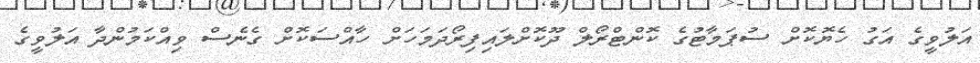
އަލުވީގެ އަގު ހެޔޮކޮށް ސުޕަމާޓުގެ ކޮންޓްރޯލް ދޫކޮށްލައިފިރޯދަމަހަށް ހާއްސަކޮށް ގެނެސް ވިއްކަމުންދާ އަލުވީގެ